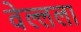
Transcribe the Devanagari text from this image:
वेल्लला